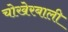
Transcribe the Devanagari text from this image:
चोखेरबाली